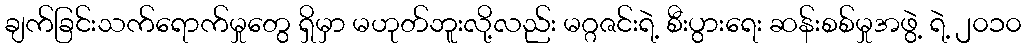
ချက်ခြင်းသက်ရောက်မှုတွေ ရှိမှာ မဟုတ်ဘူးလို့လည်း မဂ္ဂဇင်းရဲ့ စီးပွားရေး ဆန်းစစ်မှုအဖွဲ့ ရဲ့ ၂၀၁၀